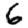
Digit: 6